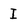
Character: I